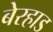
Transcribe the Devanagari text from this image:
बेरहाड